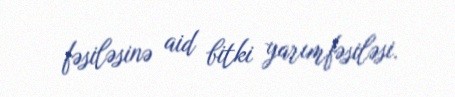
fəsiləsinə aid bitki yarımfəsiləsi.